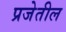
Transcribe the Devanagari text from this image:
प्रजेतील